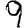
Digit: 9